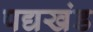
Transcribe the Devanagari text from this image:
पद्यखंड